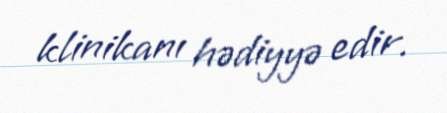
klinikanı hədiyyə edir.